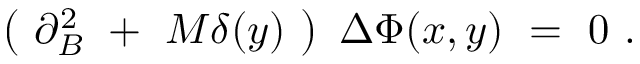
\left( ~ \partial _ { B } ^ { 2 } ~ + ~ M \delta ( y ) ~ \right) ~ { \Delta \Phi } ( x , y ) ~ = ~ 0 ~ .